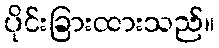
ပိုင်းခြားထားသည်။